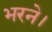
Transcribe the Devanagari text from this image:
भरने।